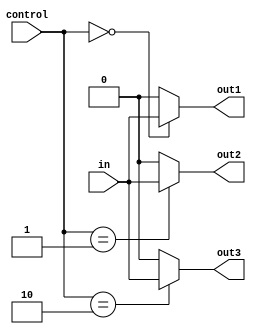
module demux (
    input wire in,
    input wire [1:0] control,
    output wire out1,
    output wire out2,
    output wire out3
);

assign out1 = (control == 2'b00) ? in : 1'b0;
assign out2 = (control == 2'b01) ? in : 1'b0;
assign out3 = (control == 2'b10) ? in : 1'b0;

endmodule